Madras marine plague regulations
Disease focus: Plague
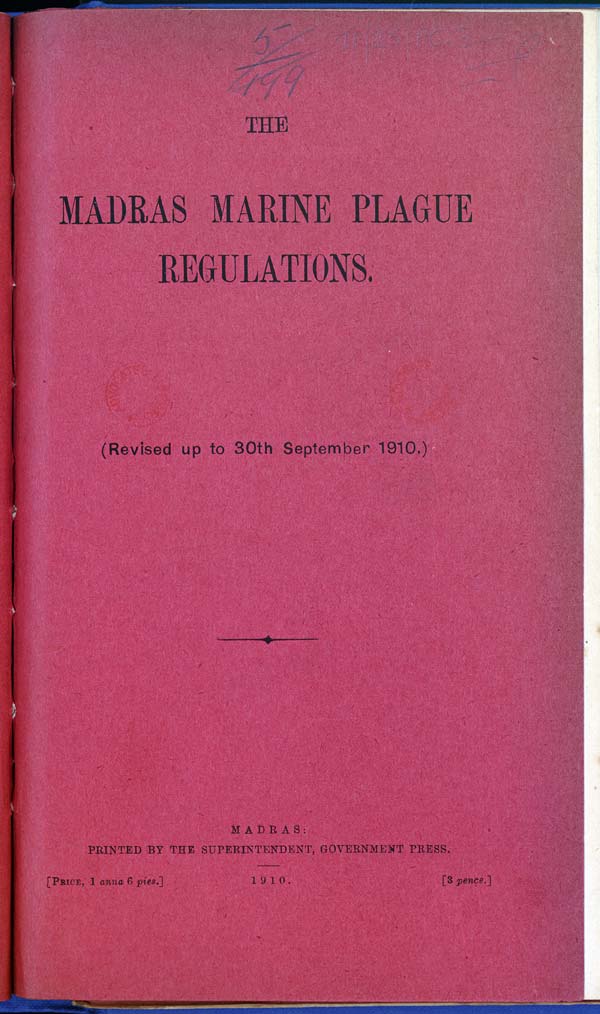
THE
MADRAS MARINE PLAGUE
REGULATIONS.
(Revised up to 30th September 1910.)
MADRAS:
PRINTED BY THE SUPERINTENDENT, GOVERNMENT PRESS.
[PRICE, 1 anna 6
pies.]
1910.
[3 pence.]